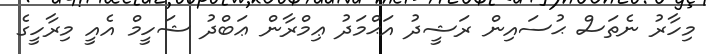
މިހާރު ނެތަސް ޙުސައިން ރަޝީދު އަޙްމަދު ޢިމްރާން ޢަބްދު ޝަހީމް އެއީ މިރާހީގެ